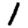
Digit: 1